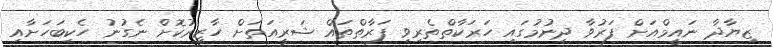
ޒިޔާދާ ނައީމްއަށް ފަރުވާ ދިނުމުގައި ހަރަކާތްތެރިވި ފަރާތްތައް ޝަރީއަތަށް ހާޒިރުކޮށް ނެގުނު ހެކިބަހަށާއި